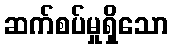
ဆက်စပ်မှုရှိသော